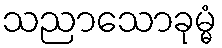
သညာသောခုမ္မံ